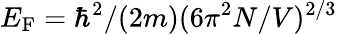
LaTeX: E_{\mathrm{F}}=\hbar^{2}/(2m)(6\pi^{2}N/V)^{2/3}